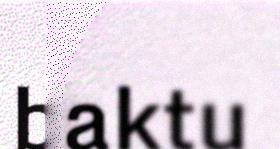
baktu